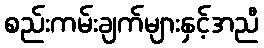
စည်းကမ်းချက်များနှင့်အညီ